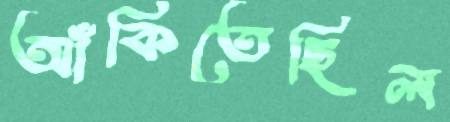
আঁকিতেছিল